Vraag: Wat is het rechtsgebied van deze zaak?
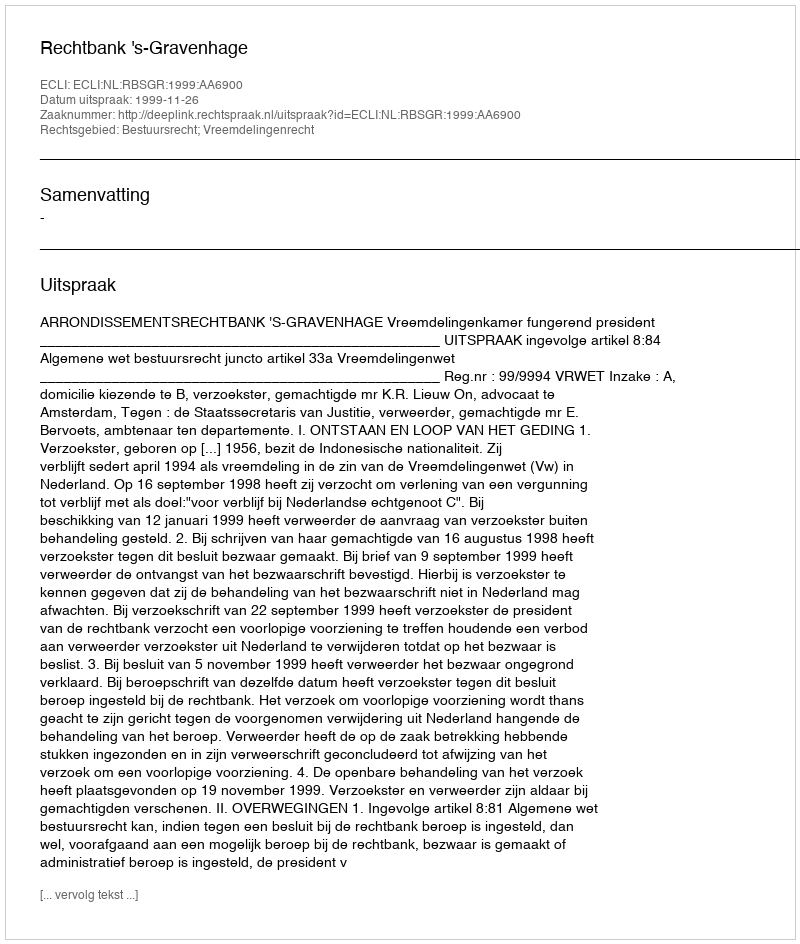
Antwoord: Bestuursrecht; Vreemdelingenrecht